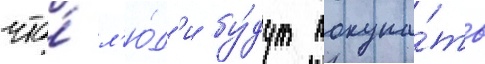
что́ л'ю́д'и бу́дут покупа́ть